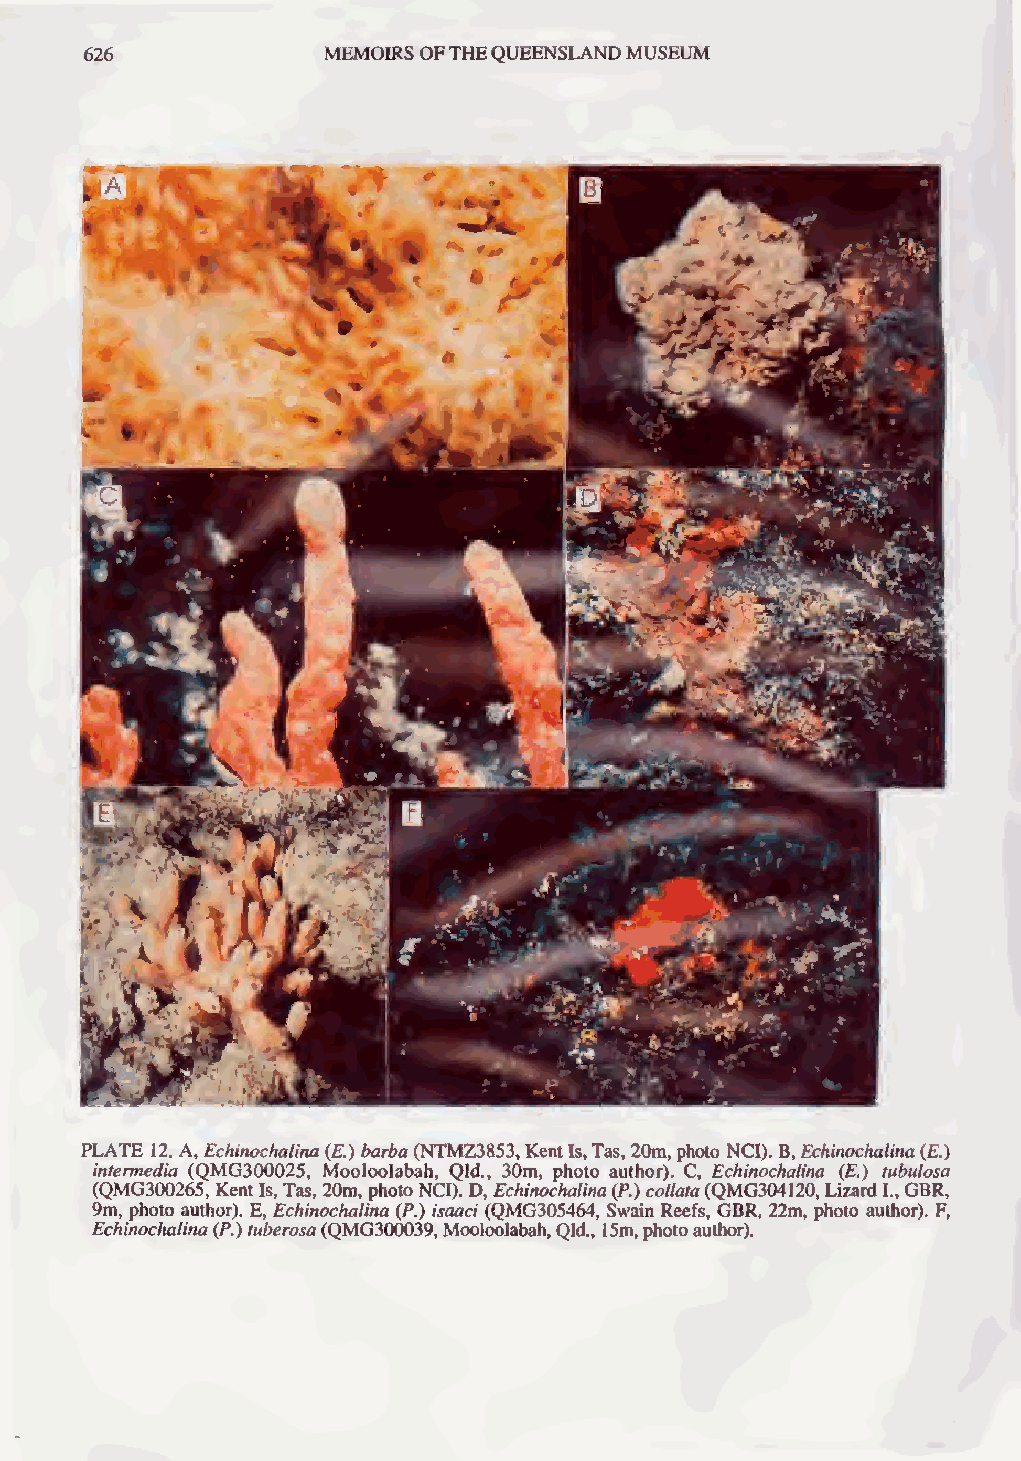
626
 MEMOIRSOFTHEQUEENSLANDMUSEUM
 PLATE 12. A, Echinochalina (£) barba(NTMZ3853,KentIs,Tas,20m, photo NCI). B,Echinochalina(£.)
 intermedia (QMG300025, Mooloolabah, Qld., 30m, photo author). C, Echinochalina (£.) tubulosa
 (QMG300265, KentIs,Tas, 20m, photoNCI). D, Echinochalina(P.) collata(QMG304120, LizardI.,GBR,
 9m, photo author). E, Echinochalina (P.) isaaci (QMG305464, Swain Reefs, GBR, 22m, photo author). F,
 Echinochalina(P.)tuberosa(QMG300039,Mooloolabah,Qld., 15m,photoauthor).